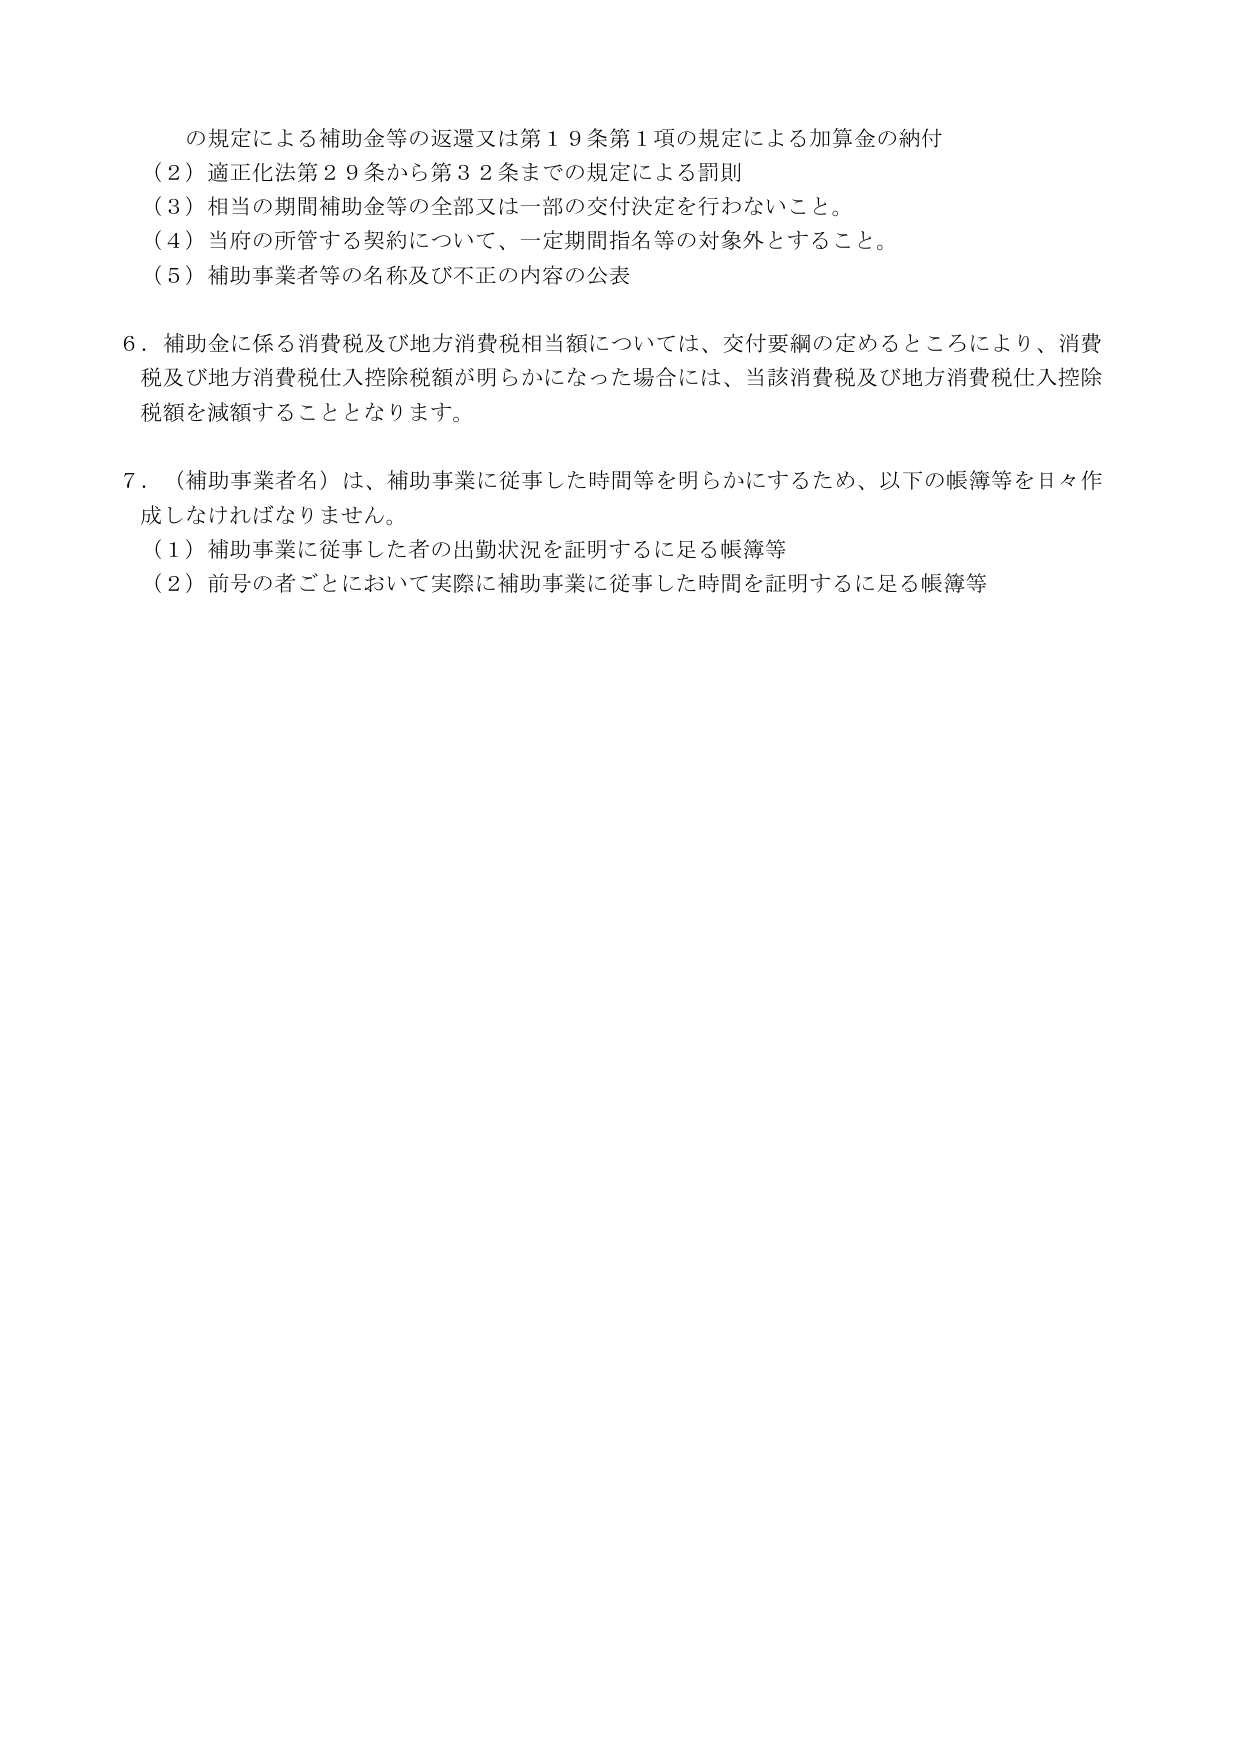
の規定による補助金等の返還又は第１９条第１項の規定による加算金の納付
（２）適正化法第２９条から第３２条までの規定による罰則
（３）相当の期間補助金等の全部又は一部の交付決定を行わないこと。
（４）当府の所管する契約について、一定期間指名等の対象外とすること。
（５）補助事業者等の名称及び不正の内容の公表

６．補助金に係る消費税及び地方消費税相当額については、交付要綱の定めるところにより、消費税及び地方消費税仕入控除税額が明らかになった場合には、当該消費税及び地方消費税仕入控除税額を減額することとなります。

７．（補助事業者名）は、補助事業に従事した時間等を明らかにするため、以下の帳簿等を日々作成しなければなりません。
（１）補助事業に従事した者の出勤状況を証明するに足る帳簿等
（２）前号の者ごとにおいて実際に補助事業に従事した時間を証明するに足る帳簿等